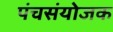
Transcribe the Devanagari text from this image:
पंचसंयोजक